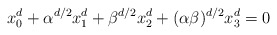
\begin{align*} x_0^d + \alpha^{d/2} x_1^d + \beta^{d/2} x_2^d + (\alpha\beta)^{d/2} x_3^d = 0\end{align*}